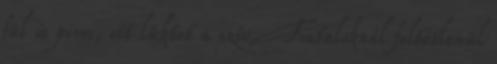
fül is piros, ott lüktet a szív. Fiataloknál feltétlenül